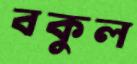
বকুল